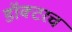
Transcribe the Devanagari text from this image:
डॉक्टरच